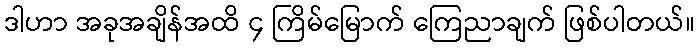
ဒါဟာ အခုအချိန်အထိ ၄ ကြိမ်မြောက် ကြေညာချက် ဖြစ်ပါတယ်။